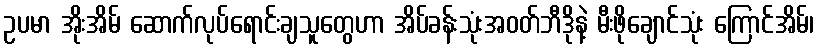
ဥပမာ အိုးအိမ် ဆောက်လုပ်ရောင်းချသူတွေဟာ အိပ်ခန်းသုံးအဝတ်ဘီဒိုနဲ့ မီးဖိုချောင်သုံး ကြောင်အိမ်၊